Sanitation, dispensaries and jails vaccination Rajputana 1922-1927 - 1922-1927
Year: 1922
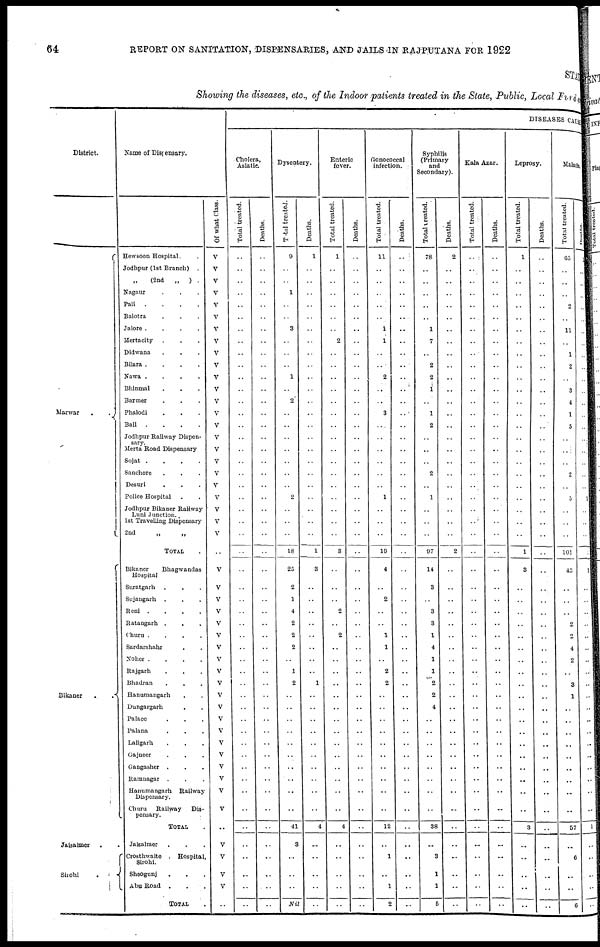
64
REPORT ON SANITATION, DISPENSARIES, AND JAILS IN RAJPUTANA FOR 1922
Showing the diseases, etc., of the Indoor patients treated in the State, Public, Local Fund.
District.
Marwar . .
Bikaner
.
.
Jaisalmer . .
Sirohi
.
Name of Dispensary.
Hewsoon Hospital. .
Jodhpur (1st Branch)
.
„ (2nd
„
) .
Nagaur . . .
Pali
.
.
.
.
Balotra . . .
Jalore .
.
.
.
Mertacity . . .
Didwana . . .
Bilara .
.
.
.
Nawa .
.
.
.
Bhinmal . . .
Barmer . . .
Phalodi . . .
Bali
.
.
.
.
Jodhpur Railway Dispen¬
sary.
Merta Road Dispensary
Sojat .
.
.
.
Sanchore . . .
Desuri . . .
Police Hospital . .
Jodhpur Bikaner Railway
Luni Junction.
1st Travelling Dispensary
2nd „ „
TOTAL .
Bikaner
Bhagwandas
Hospital
Suratgarh . . .
Sujangarh
. . .
Reni .
.
.
.
Ratangarh . . . .
Churu .
.
.
.
Sardarshahr . .
Noher .
.
.
.
Rajgarh . . .
Bhadran . . .
Hanumangarh . .
Dungargarh . .
Palace . . .
Palana . . .
Lallgarh . . .
Gajneer . . .
Gangasher . . .
Ramnagar
. . .
Hanumangarh
Railway
Dispensary.
Churu
Railway
Dis-
pensary.
TOTAL .
Jaisalmer . . .
Crosthwaite
Hospital,
Sirohi.
Sheogunj. . .
Abu Road
. . .
TOTAL .
Of what Class.
V
V
V
V
V
V
V
V
V
V
V
V
V
V
V
V
V
V
V
V
V
V
V
V
..
V
V
V
V
V
V
V
V
V
V
V
V
V
V
V
V
V
V
V
V
..
V
V
V
V
..
DISEASES CAUSE
Cholera,
Asiatic.
Total treated.
..
..
..
..
..
..
..
..
..
..
..
..
..
..
..
..
..
..
..
..
..
..
..
..
..
..
..
..
..
..
..
..
..
..
..
..
..
..
..
..
..
..
..
..
..
..
..
..
..
..
..
Deaths.
..
..
..
..
..
..
..
..
..
..
..
..
..
..
..
..
..
..
..
..
..
..
..
..
..
..
..
..
..
..
..
..
..
..
..
..
..
..
..
..
..
..
..
..
..
..
..
..
..
..
..
Dysentery.
Total treated.
9
..
..
1
..
..
3
..
..
..
1
..
2
..
..
..
..
..
..
..
2
..
..
..
18
25
2
1
4
2
2
2
..
1
2
..
..
..
..
..
..
..
..
..
..
41
3
..
..
..
Nil
Deaths.
1
..
..
..
..
..
..
..
..
..
..
..
..
..
..
..
..
..
..
..
..
..
..
..
1
3
..
..
..
..
..
..
..
..
1
..
..
..
..
..
..
..
..
..
..
4
..
..
..
..
..
Enteric
fever.
Total treated.
1
..
..
..
..
..
..
2
..
..
..
..
..
..
..
..
..
..
..
..
..
..
..
..
3
..
..
..
2
..
2
..
..
..
..
..
..
..
..
..
..
..
..
..
..
4
..
..
..
..
..
Deaths.
..
..
..
..
..
..
..
..
..
..
..
..
..
..
..
..
..
..
..
..
..
..
..
..
..
..
..
..
..
..
..
..
..
..
..
..
..
..
..
..
..
..
..
..
..
..
..
..
..
..
..
Gonococcal
infection.
Total treated.
11
..
..
..
..
..
1
1
..
..
2
..
..
3
..
..
..
..
..
..
1
..
..
..
19
4
..
2
..
..
1
1
..
2
2
..
..
..
..
..
..
..
..
..
..
12
..
1
..
1
2
Deaths.
..
..
..
..
..
..
..
..
..
..
..
..
..
..
..
..
..
..
..
..
..
..
..
..
..
..
..
..
..
..
..
..
..
..
..
..
..
..
..
..
..
..
..
..
..
..
..
..
..
..
..
Syphilis
(Primary
and
Secondary).
Total treated.
78
..
..
..
..
..
1
7
..
2
2
1
..
1
2
..
..
..
2
..
1
..
..
..
97
14
3
..
3
3
1
4
1
1
2
2
4
..
..
..
..
..
..
..
..
38
..
3
1
1
5
Deaths.
2
..
..
..
..
..
..
..
..
..
..
..
..
..
..
..
..
..
..
..
..
..
..
..
2
..
..
..
..
..
..
..
..
..
..
..
..
..
..
..
..
..
..
..
..
..
..
..
..
..
..
Kala Azar.
Total treated.
..
..
..
..
..
..
..
..
..
..
..
..
..
..
..
..
..
..
..
..
..
..
..
..
..
..
..
..
..
..
..
..
..
..
..
..
..
..
..
..
..
..
..
..
..
..
..
..
..
..
..
Deaths.
..
..
..
..
..
..
..
..
..
..
..
..
..
..
..
..
..
..
..
..
..
..
..
..
..
..
..
..
..
..
..
..
..
..
..
..
..
..
..
..
..
..
..
..
..
..
..
..
..
..
..
Leprosy.
Total treated.
1
..
..
..
..
..
..
..
..
..
..
..
..
..
..
..
..
..
..
..
..
..
..
..
1
3
..
..
..
..
..
..
..
..
..
..
..
..
..
..
..
..
..
..
..
3
..
..
..
..
..
Deaths.
..
..
..
..
..
..
..
..
..
..
..
..
..
..
..
..
..
..
..
..
..
..
..
..
..
..
..
..
..
..
..
..
..
..
..
..
..
..
..
..
..
..
..
..
..
..
..
..
..
..
..
Malaria.
Total treated.
65
..
..
..
2
..
11
..
1
2
..
3
4
1
5
..
..
..
2
..
5
..
..
..
101
43
..
..
..
2
2
4
2
..
3
1
..
..
..
..
..
..
..
..
..
57
..
6
..
..
6
Deaths.
1
..
..
..
..
..
..
..
..
..
..
..
..
..
..
..
..
..
..
..
1
..
..
..
..
1
..
..
..
..
..
..
..
..
..
..
..
..
..
..
..
..
..
..
..
1
..
..
..
..
..